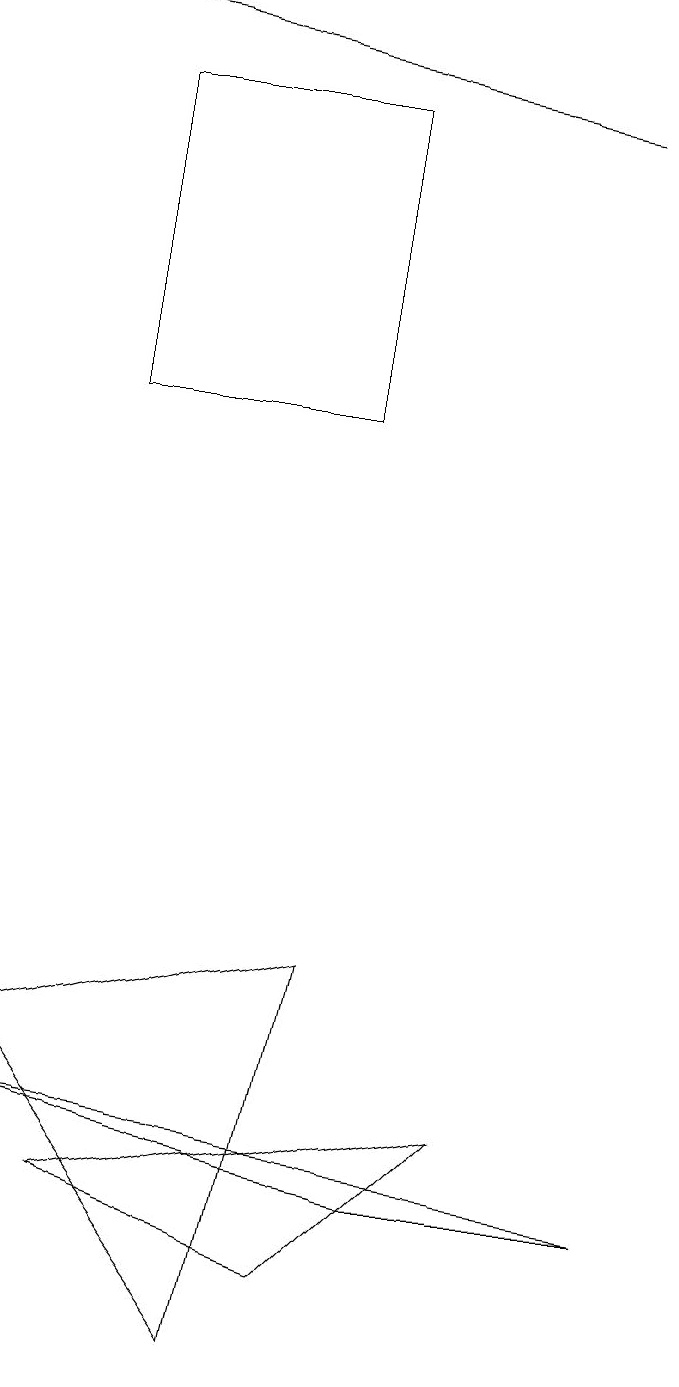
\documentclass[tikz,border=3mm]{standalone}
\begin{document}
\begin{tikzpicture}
\draw (0,3) -- (5,2) -- (8,2) -- cycle;
\draw (6,3) -- (4,1) -- (1,2) -- cycle;
\draw (4,12) rectangle (1,16);
\draw (4,5) -- (0,4) -- (3,0) -- cycle;
\draw[->] (7,16) -- (1,17);
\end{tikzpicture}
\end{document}